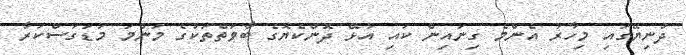
ދުނިޔޭގައި މިހާރު އެންމެ ގިނައިން ކައި އުޅޭ ދޮންކެޔޮގެ ބާވަތްތަކުގެ މަންމަ މަޑަގަސްކަރާ